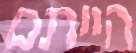
הייתם